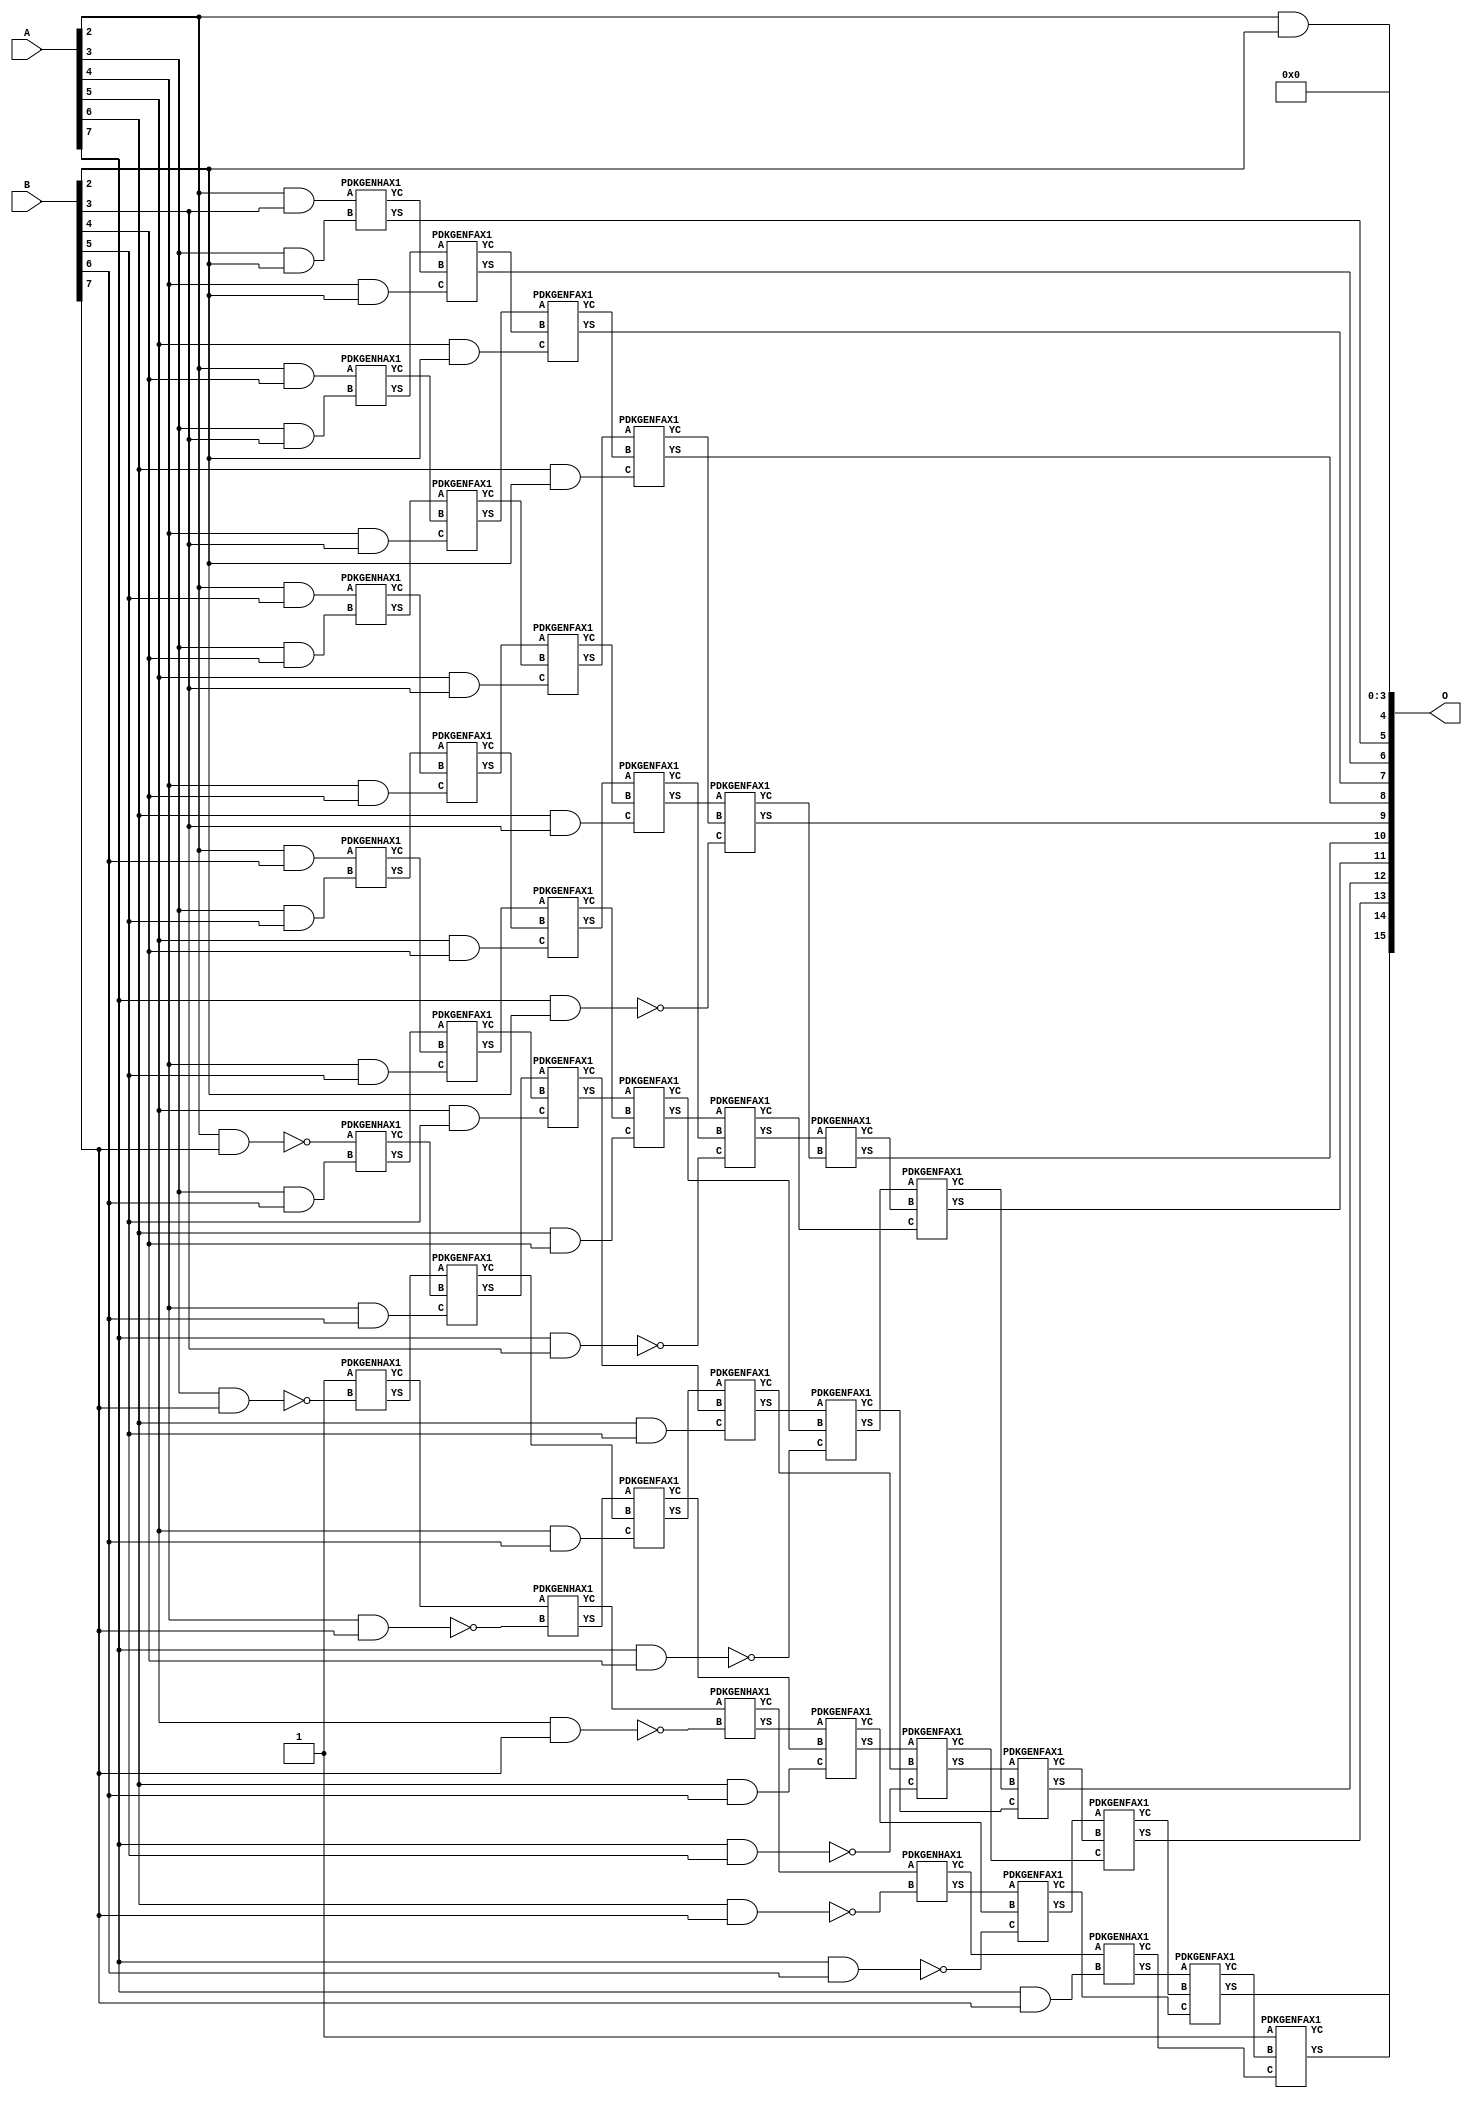
/***
* This code is a part of EvoApproxLib library (ehw.fit.vutbr.cz/approxlib) distributed under The MIT License.
* When used, please cite the following article(s): V. Mrazek, Z. Vasicek, L. Sekanina, H. Jiang and J. Han, "Scalable Construction of Approximate Multipliers With Formally Guaranteed Worst Case Error" in IEEE Transactions on Very Large Scale Integration (VLSI) Systems, vol. 26, no. 11, pp. 2572-2576, Nov. 2018. doi: 10.1109/TVLSI.2018.2856362 
* This file contains a circuit from a sub-set of pareto optimal circuits with respect to the pwr and wce parameters
***/
// MAE% = 0.23 %
// MAE = 150 
// WCE% = 1.16 %
// WCE = 759 
// WCRE% = 1500.00 %
// EP% = 93.16 %
// MRE% = 12.26 %
// MSE = 38236 
// PDK45_PWR = 0.200 mW
// PDK45_AREA = 411.6 um2
// PDK45_DELAY = 1.14 ns


module mul8s_1L2D ( A, B, O );
  input [7:0] A;
  input [7:0] B;
  output [15:0] O;

  wire C_3_2,C_3_3,C_3_4,C_3_5,C_3_6,C_3_7,C_4_2,C_4_3,C_4_4,C_4_5,C_4_6,C_4_7,C_5_2,C_5_3,C_5_4,C_5_5,C_5_6,C_5_7,C_6_2,C_6_3,C_6_4,C_6_5,C_6_6,C_6_7,C_7_2,C_7_3,C_7_4,C_7_5,C_7_6,C_7_7,C_8_2,C_8_3,C_8_4,C_8_5,C_8_6,C_8_7,S_2_2,S_2_3,S_2_4,S_2_5,S_2_6,S_2_7,S_3_1,S_3_2,S_3_3,S_3_4,S_3_5,S_3_6,S_3_7,S_4_0,S_4_1,S_4_2,S_4_3,S_4_4,S_4_5,S_4_6,S_4_7,S_5_0,S_5_1,S_5_2,S_5_3,S_5_4,S_5_5,S_5_6,S_5_7,S_6_0,S_6_1,S_6_2,S_6_3,S_6_4,S_6_5,S_6_6,S_6_7,S_7_0,S_7_1,S_7_2,S_7_3,S_7_4,S_7_5,S_7_6,S_7_7,S_8_0,S_8_1,S_8_2,S_8_3,S_8_4,S_8_5,S_8_6,S_8_7;

  assign S_2_2 = (A[2] & B[2]);
  assign S_2_3 = (A[2] & B[3]);
  assign S_2_4 = (A[2] & B[4]);
  assign S_2_5 = (A[2] & B[5]);
  assign S_2_6 = (A[2] & B[6]);
  assign S_2_7 = ~(A[2] & B[7]);
  assign S_3_1 = S_2_2;
  PDKGENHAX1 U315 (.A(S_2_3), .B((A[3] & B[2])), .YS(S_3_2), .YC(C_3_2));
  PDKGENHAX1 U316 (.A(S_2_4), .B((A[3] & B[3])), .YS(S_3_3), .YC(C_3_3));
  PDKGENHAX1 U317 (.A(S_2_5), .B((A[3] & B[4])), .YS(S_3_4), .YC(C_3_4));
  PDKGENHAX1 U318 (.A(S_2_6), .B((A[3] & B[5])), .YS(S_3_5), .YC(C_3_5));
  PDKGENHAX1 U319 (.A(S_2_7), .B((A[3] & B[6])), .YS(S_3_6), .YC(C_3_6));
  PDKGENHAX1 U320 (.A(1'b1), .B(~(A[3] & B[7])), .YS(S_3_7), .YC(C_3_7));
  assign S_4_0 = S_3_1;
  assign S_4_1 = S_3_2;
  PDKGENFAX1 U323 (.A(S_3_3), .B(C_3_2), .C((A[4] & B[2])), .YS(S_4_2), .YC(C_4_2));
  PDKGENFAX1 U324 (.A(S_3_4), .B(C_3_3), .C((A[4] & B[3])), .YS(S_4_3), .YC(C_4_3));
  PDKGENFAX1 U325 (.A(S_3_5), .B(C_3_4), .C((A[4] & B[4])), .YS(S_4_4), .YC(C_4_4));
  PDKGENFAX1 U326 (.A(S_3_6), .B(C_3_5), .C((A[4] & B[5])), .YS(S_4_5), .YC(C_4_5));
  PDKGENFAX1 U327 (.A(S_3_7), .B(C_3_6), .C((A[4] & B[6])), .YS(S_4_6), .YC(C_4_6));
  PDKGENHAX1 U328 (.A(C_3_7), .B(~(A[4] & B[7])), .YS(S_4_7), .YC(C_4_7));
  assign S_5_0 = S_4_1;
  assign S_5_1 = S_4_2;
  PDKGENFAX1 U331 (.A(S_4_3), .B(C_4_2), .C((A[5] & B[2])), .YS(S_5_2), .YC(C_5_2));
  PDKGENFAX1 U332 (.A(S_4_4), .B(C_4_3), .C((A[5] & B[3])), .YS(S_5_3), .YC(C_5_3));
  PDKGENFAX1 U333 (.A(S_4_5), .B(C_4_4), .C((A[5] & B[4])), .YS(S_5_4), .YC(C_5_4));
  PDKGENFAX1 U334 (.A(S_4_6), .B(C_4_5), .C((A[5] & B[5])), .YS(S_5_5), .YC(C_5_5));
  PDKGENFAX1 U335 (.A(S_4_7), .B(C_4_6), .C((A[5] & B[6])), .YS(S_5_6), .YC(C_5_6));
  PDKGENHAX1 U336 (.A(C_4_7), .B(~(A[5] & B[7])), .YS(S_5_7), .YC(C_5_7));
  assign S_6_0 = S_5_1;
  assign S_6_1 = S_5_2;
  PDKGENFAX1 U339 (.A(S_5_3), .B(C_5_2), .C((A[6] & B[2])), .YS(S_6_2), .YC(C_6_2));
  PDKGENFAX1 U340 (.A(S_5_4), .B(C_5_3), .C((A[6] & B[3])), .YS(S_6_3), .YC(C_6_3));
  PDKGENFAX1 U341 (.A(S_5_5), .B(C_5_4), .C((A[6] & B[4])), .YS(S_6_4), .YC(C_6_4));
  PDKGENFAX1 U342 (.A(S_5_6), .B(C_5_5), .C((A[6] & B[5])), .YS(S_6_5), .YC(C_6_5));
  PDKGENFAX1 U343 (.A(S_5_7), .B(C_5_6), .C((A[6] & B[6])), .YS(S_6_6), .YC(C_6_6));
  PDKGENHAX1 U344 (.A(C_5_7), .B(~(A[6] & B[7])), .YS(S_6_7), .YC(C_6_7));
  assign S_7_0 = S_6_1;
  assign S_7_1 = S_6_2;
  PDKGENFAX1 U347 (.A(S_6_3), .B(C_6_2), .C(~(A[7] & B[2])), .YS(S_7_2), .YC(C_7_2));
  PDKGENFAX1 U348 (.A(S_6_4), .B(C_6_3), .C(~(A[7] & B[3])), .YS(S_7_3), .YC(C_7_3));
  PDKGENFAX1 U349 (.A(S_6_5), .B(C_6_4), .C(~(A[7] & B[4])), .YS(S_7_4), .YC(C_7_4));
  PDKGENFAX1 U350 (.A(S_6_6), .B(C_6_5), .C(~(A[7] & B[5])), .YS(S_7_5), .YC(C_7_5));
  PDKGENFAX1 U351 (.A(S_6_7), .B(C_6_6), .C(~(A[7] & B[6])), .YS(S_7_6), .YC(C_7_6));
  PDKGENHAX1 U352 (.A(C_6_7), .B((A[7] & B[7])), .YS(S_7_7), .YC(C_7_7));
  assign S_8_0 = S_7_1;
  assign S_8_1 = S_7_2;
  PDKGENHAX1 U355 (.A(S_7_3), .B(C_7_2), .YS(S_8_2), .YC(C_8_2));
  PDKGENFAX1 U356 (.A(S_7_4), .B(C_8_2), .C(C_7_3), .YS(S_8_3), .YC(C_8_3));
  PDKGENFAX1 U357 (.A(S_7_5), .B(C_8_3), .C(C_7_4), .YS(S_8_4), .YC(C_8_4));
  PDKGENFAX1 U358 (.A(S_7_6), .B(C_8_4), .C(C_7_5), .YS(S_8_5), .YC(C_8_5));
  PDKGENFAX1 U359 (.A(S_7_7), .B(C_8_5), .C(C_7_6), .YS(S_8_6), .YC(C_8_6));
  PDKGENFAX1 U360 (.A(1'b1), .B(C_8_6), .C(C_7_7), .YS(S_8_7), .YC(C_8_7));
  assign O = {S_8_7,S_8_6,S_8_5,S_8_4,S_8_3,S_8_2,S_8_1,S_8_0,S_7_0,S_6_0,S_5_0,S_4_0,1'b0,1'b0,1'b0,1'b0};

endmodule

/* mod */
module PDKGENHAX1( input A, input B, output YS, output YC );
    assign YS = A ^ B;
    assign YC = A & B;
endmodule
/* mod */
module PDKGENFAX1( input A, input B, input C, output YS, output YC );
    assign YS = (A ^ B) ^ C;
    assign YC = (A & B) | (B & C) | (A & C);
endmodule